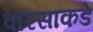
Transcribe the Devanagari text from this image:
वारसाकडे